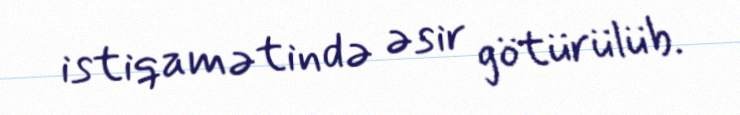
istiqamətində əsir götürülüb.